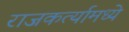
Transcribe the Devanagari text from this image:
राजकर्त्यामध्ये